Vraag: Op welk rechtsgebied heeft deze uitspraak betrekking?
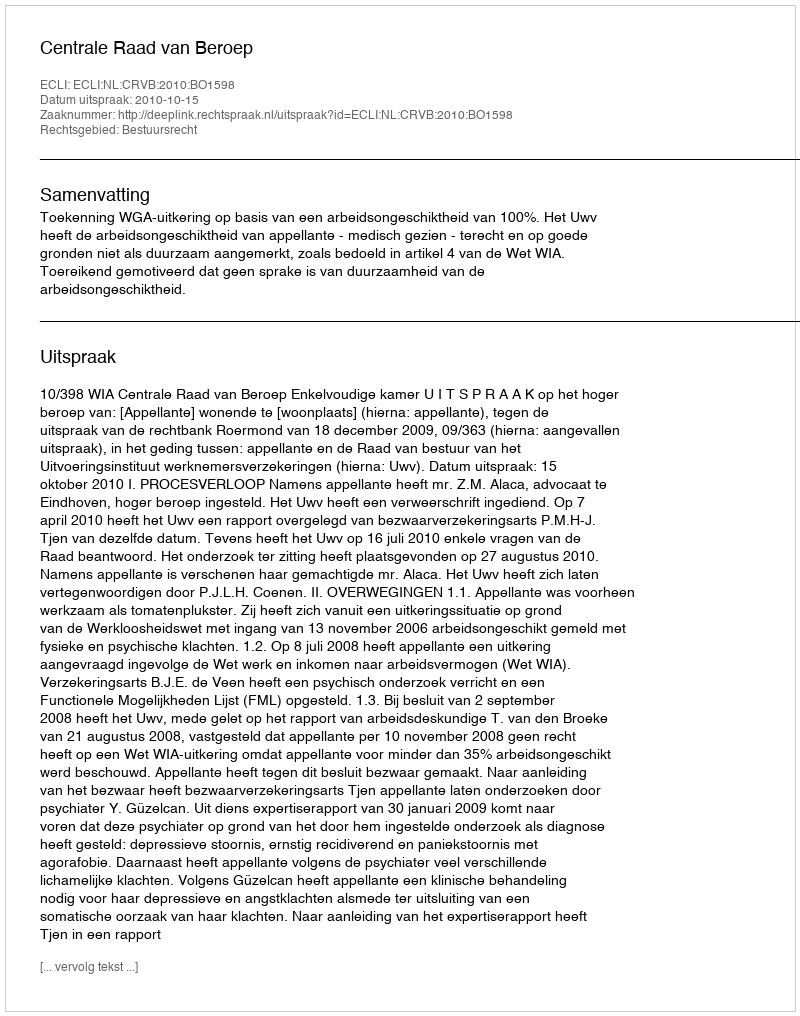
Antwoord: Bestuursrecht